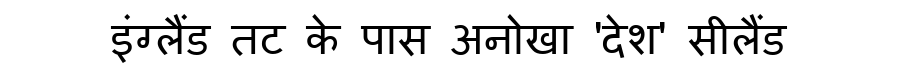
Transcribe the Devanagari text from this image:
इंग्लैंड तट के पास अनोखा 'देश' सीलैंड